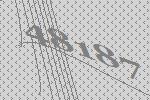
48187